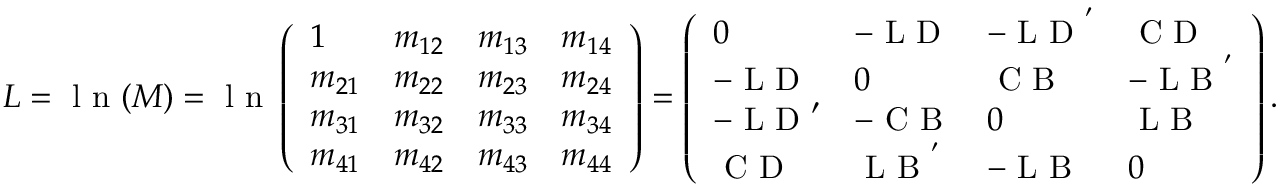
L = \textrm { l n } ( M ) = \textrm { l n } \left( \begin{array} { l l l l } { 1 } & { m _ { 1 2 } } & { m _ { 1 3 } } & { m _ { 1 4 } } \\ { m _ { 2 1 } } & { m _ { 2 2 } } & { m _ { 2 3 } } & { m _ { 2 4 } } \\ { m _ { 3 1 } } & { m _ { 3 2 } } & { m _ { 3 3 } } & { m _ { 3 4 } } \\ { m _ { 4 1 } } & { m _ { 4 2 } } & { m _ { 4 3 } } & { m _ { 4 4 } } \end{array} \right) = \left( \begin{array} { l l l l } { 0 } & { - \textrm { L D } } & { - \textrm { L D } ^ { ' } } & { \textrm { C D } } \\ { - \textrm { L D } } & { 0 } & { \textrm { C B } } & { - \textrm { L B } ^ { ' } } \\ { - \textrm { L D } ^ { \prime } } & { - \textrm { C B } } & { 0 } & { \textrm { L B } } \\ { \textrm { C D } } & { \textrm { L B } ^ { ' } } & { - \textrm { L B } } & { 0 } \end{array} \right) .